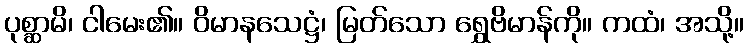
ပုစ္ဆာမိ၊ ငါမေး၏။ ဝိမာနသေဋ္ဌံ၊ မြတ်သော ရွှေဗိမာန်ကို။ ကထံ၊ အသို့။